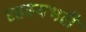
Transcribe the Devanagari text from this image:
रहस्यभरी